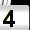
Digit: 4